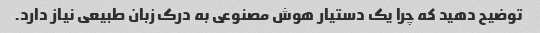
توضیح دهید که چرا یک دستیار هوش مصنوعی به درک زبان طبیعی نیاز دارد.